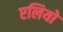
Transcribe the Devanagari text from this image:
एलियो